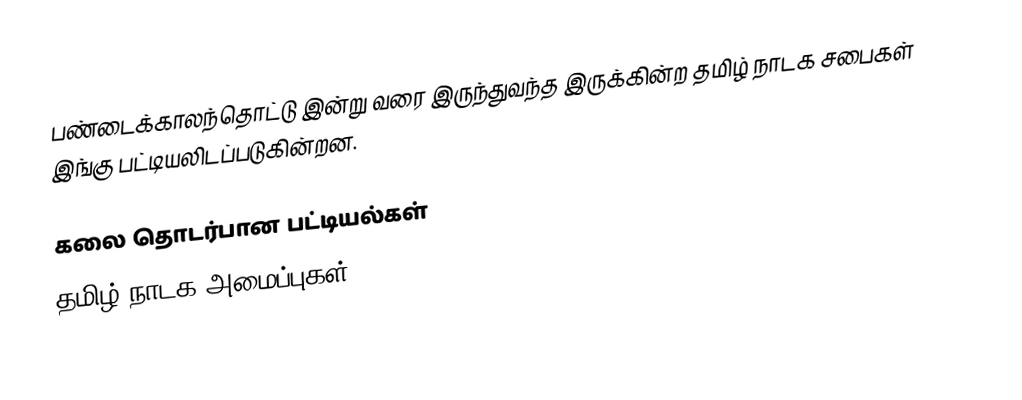
பண்டைக்காலந்தொட்டு இன்று வரை இருந்துவந்த இருக்கின்ற தமிழ் நாடக சபைகள் இங்கு பட்டியலிடப்படுகின்றன.

கலை தொடர்பான பட்டியல்கள்
தமிழ் நாடக அமைப்புகள்